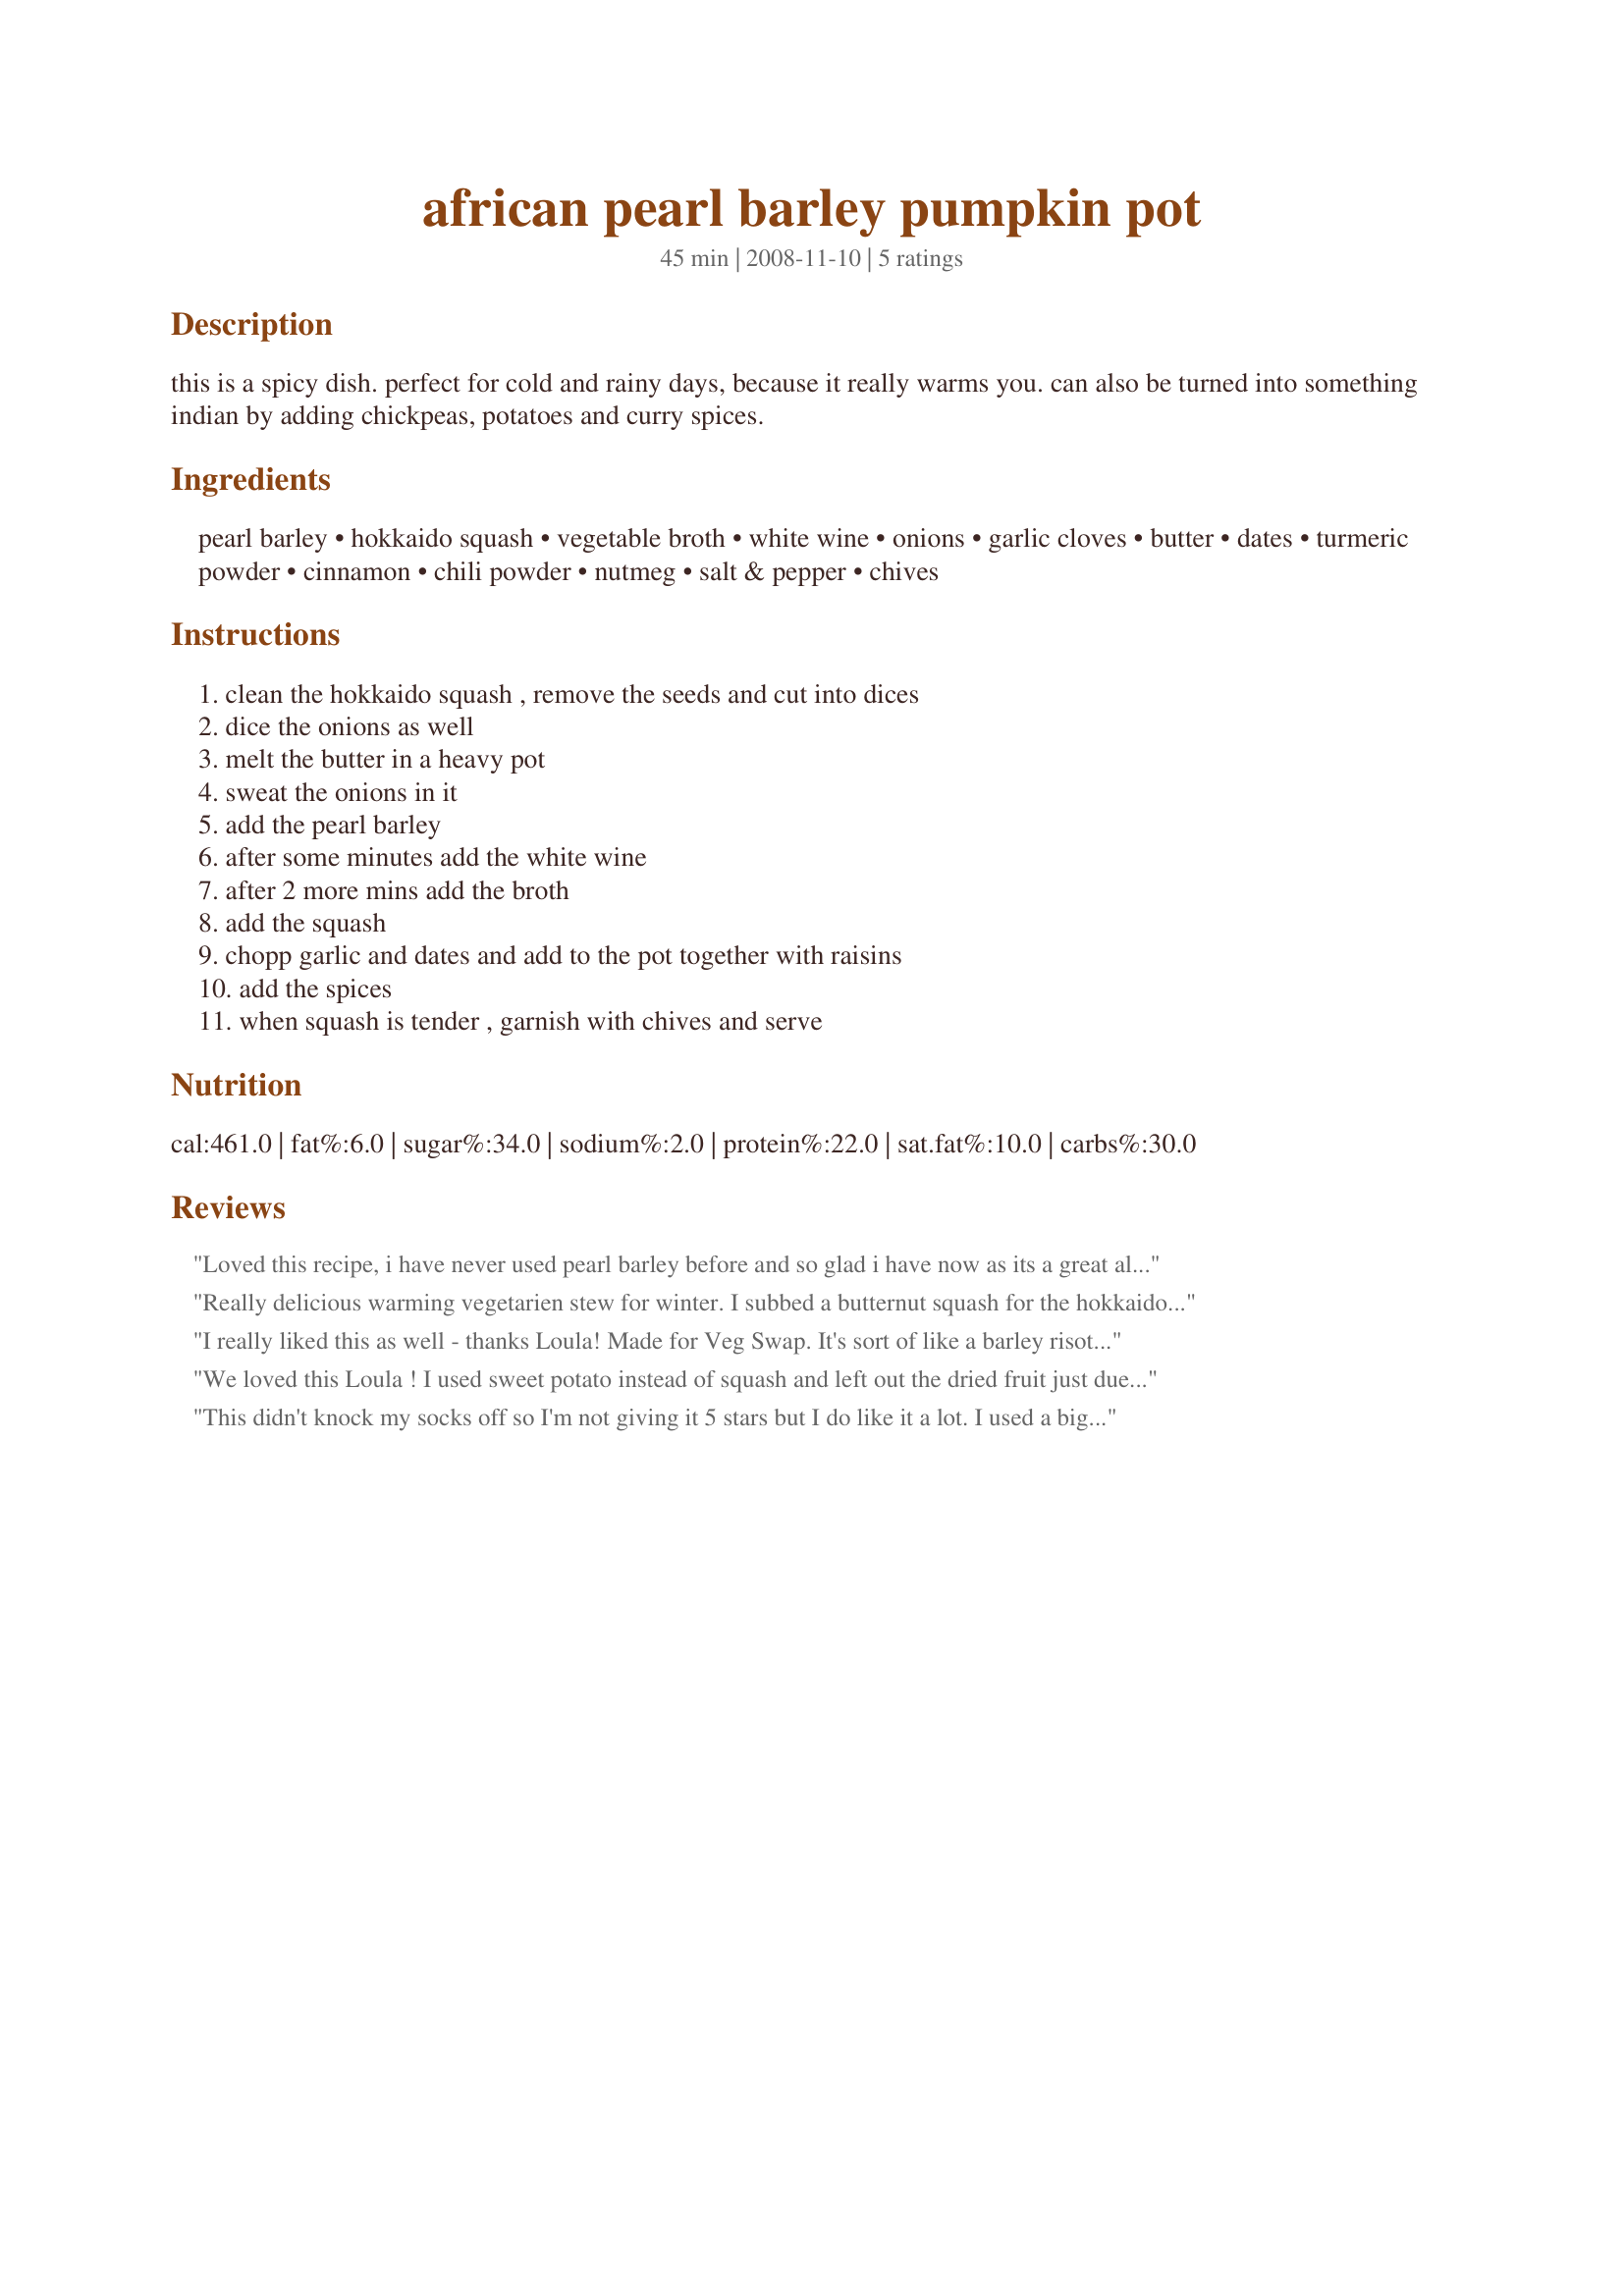
african pearl barley pumpkin pot
Preparation time: 45 minutes

this is a spicy dish. perfect for cold and rainy days, because it really warms you.
can also be turned into something indian by adding chickpeas, potatoes and curry spices.

Ingredients:
pearl barley, hokkaido squash, vegetable broth, white wine, onions, garlic cloves, butter, dates, turmeric powder, cinnamon, chili powder, nutmeg, salt & pepper, chives

Steps:
clean the hokkaido squash , remove the seeds and cut into dices, dice the onions as well, melt the butter in a heavy pot, sweat the onions in it, add the pearl barley, after some minutes add the white wine, after 2 more mins add the broth, add the squash, chopp garlic and dates and add to the pot together with raisins, add the spices, when squash is tender , garnish with chives and serve

Reviews:
Loved this recipe, i have never used pearl barley before and so glad i have now as its a great alternative to rice. I loved the texture it gave, was very fulling and cheap to make. I just used normal pumpkin that i had on hand. I Would make this again.
Really delicious warming vegetarien stew for winter. I subbed a butternut squash for the hokkaido, added more vegetables and increased the seasoning accordingly. I've never used pearl barley outside of soup mixes but this has converted me. Thanks!
I really liked this as well - thanks Loula! Made for Veg Swap. It's sort of like a barley risotto. I'm not familiar with hokkaido squash, but think it quite resembles pumpkin, except for the rind. I just happened to have a pumpkin on hand, spared a jack-o-lantern demise - so it was perfect timing for this. I used dates, but I think raisins would be better...will try that next time. Aside from cutting the squash, this is nice and easy to throw together and a great main or side.
We loved this Loula ! I used sweet potato instead of squash and left out the dried fruit just due to personal taste.It went beautifully as a side to chicken .I had it at lunch and there was nearly none left for DD to have for dinner after college. Made for Holiday Tag.
This didn't knock my socks off so I'm not giving it 5 stars but I do like it a lot. I used a big old Jack-o-lantern type pumpkin and used pot barley instead of pearl for the added nutrition. I had to change the method quite a bit because I was using pre-cooked barley. I sweated the onion and garlic together then set it aside. I cooked the pumpkin adding the spices part way through. When the pumpkin was partially cooked I added back the onions and garlic and added the barley and raisins. When it started to dry out a bit, I added some apple juice (didn't have any broth or wine in the house). Thanks for the recipe Loula, it's a keeper.
